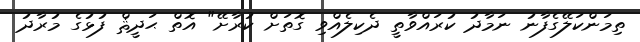
ތިމަންކަލޭގެފާނު ނަމާދު ކުރައްވާތީ ދެކިލެއްވި ގޮތަށް ކުރާށޭ" އޮތް ޙަދީޘް ފުޅުގެ މުރާދު